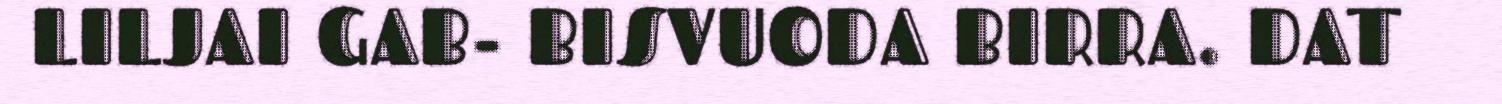
LILJAI GAB- BISVUODA BIRRA. DAT